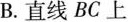
B.直线BC上